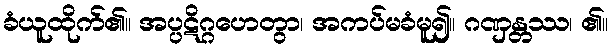
ခံယူထိုက်၏။ အပ္ပဋိဂ္ဂဟေတွာ၊ အကပ်မခံမူ၍။ ဂဏှန္တဿ၊ ၏။